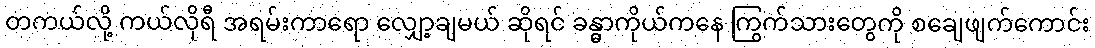
တကယ်လို့ ကယ်လိုရီ အရမ်းကာရော လျှော့ချမယ် ဆိုရင် ခန္ဓာကိုယ်ကနေ ကြွက်သားတွေကို စချေဖျက်ကောင်း